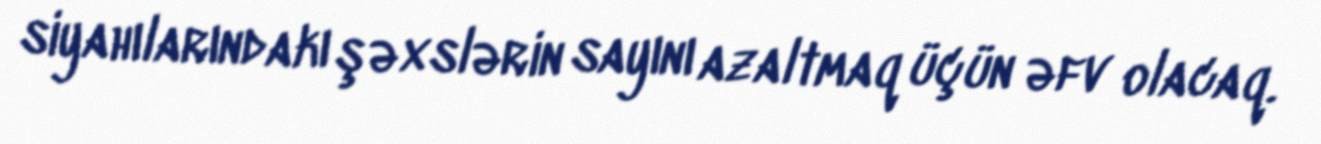
siyahılarındakı şəxslərin sayını azaltmaq üçün əfv olacaq.